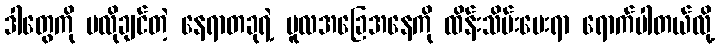
ဒါတွေကို မလိုချင်တဲ့ နေရာတခုရဲ့ မူလအခြေအနေကို ထိန်းသိမ်းပေးရာ ရောက်ပါတယ်လို့